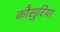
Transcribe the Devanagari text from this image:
कौसुरिया